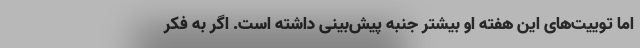
اما توییت‌های این هفته او بیشتر جنبه پیش‌بینی داشته است. اگر به فکر